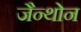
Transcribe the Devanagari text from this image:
जैन्थोन